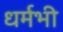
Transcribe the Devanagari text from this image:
धर्मभी